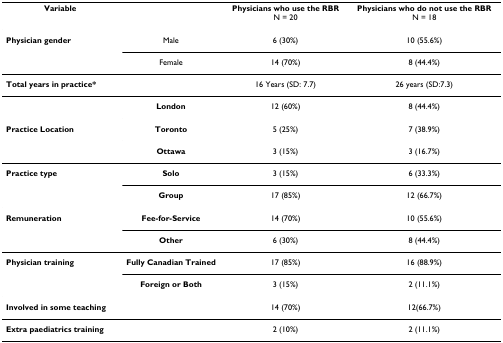
<table><thead><tr><td><b>Variable</b></td><td></td><td><b>Physicians who use the RBRN = 20</b></td><td><b>Physicians who do not use the RBRN = 18</b></td></tr></thead><tbody><tr><td><b>Physician gender</b></td><td>Male</td><td>6 (30%)</td><td>10 (55.6%)</td></tr><tr><td></td><td>Female</td><td>14 (70%)</td><td>8 (44.4%)</td></tr><tr><td><b>Total years in practice*</b></td><td></td><td>16 Years (SD: 7.7)</td><td>26 years (SD:7.3)</td></tr><tr><td></td><td><b>London</b></td><td>12 (60%)</td><td>8 (44.4%)</td></tr><tr><td><b>Practice Location</b></td><td><b>Toronto</b></td><td>5 (25%)</td><td>7 (38.9%)</td></tr><tr><td></td><td><b>Ottawa</b></td><td>3 (15%)</td><td>3 (16.7%)</td></tr><tr><td><b>Practice type</b></td><td><b>Solo</b></td><td>3 (15%)</td><td>6 (33.3%)</td></tr><tr><td></td><td><b>Group</b></td><td>17 (85%)</td><td>12 (66.7%)</td></tr><tr><td><b>Remuneration</b></td><td><b>Fee-for-Service</b></td><td>14 (70%)</td><td>10 (55.6%)</td></tr><tr><td></td><td><b>Other</b></td><td>6 (30%)</td><td>8 (44.4%)</td></tr><tr><td><b>Physician training</b></td><td><b>Fully Canadian Trained</b></td><td>17 (85%)</td><td>16 (88.9%)</td></tr><tr><td></td><td><b>Foreign or Both</b></td><td>3 (15%)</td><td>2 (11.1%)</td></tr><tr><td><b>Involved in some teaching</b></td><td></td><td>14 (70%)</td><td>12(66.7%)</td></tr><tr><td><b>Extra paediatrics training</b></td><td></td><td>2 (10%)</td><td>2 (11.1%)</td></tr></tbody></table>